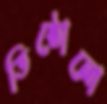
তিষ্ঠোনো